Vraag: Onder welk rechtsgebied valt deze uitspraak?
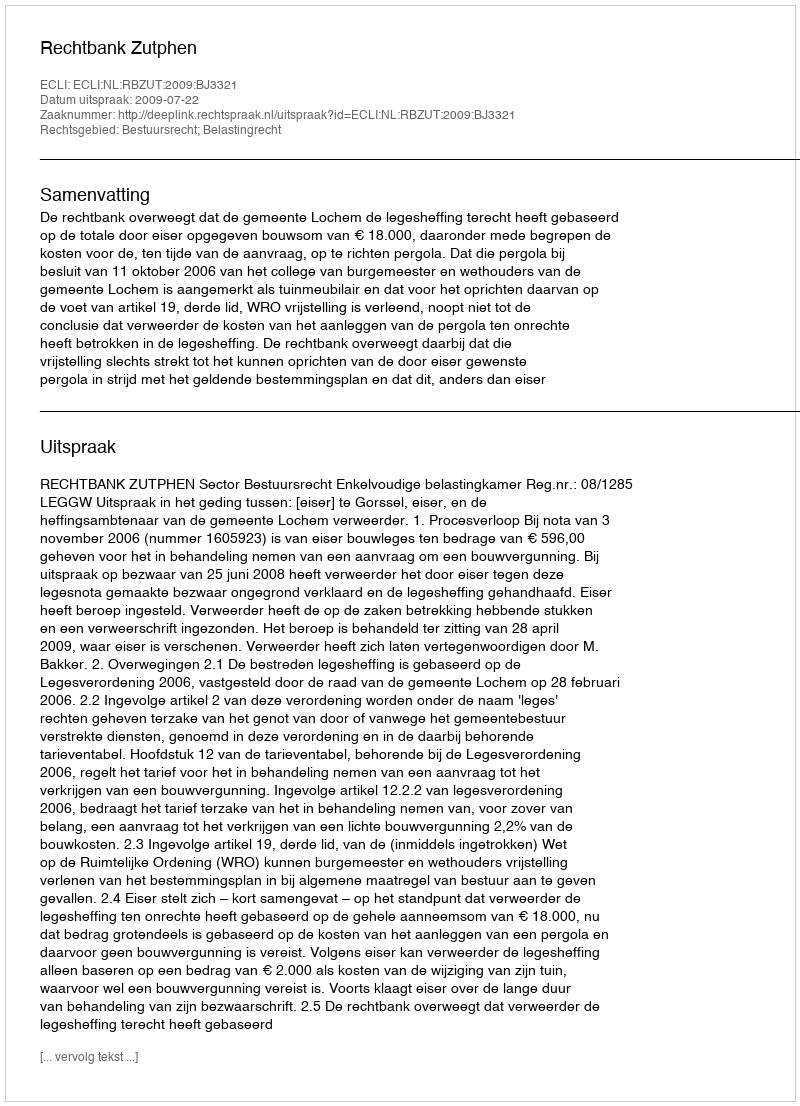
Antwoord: Bestuursrecht; Belastingrecht